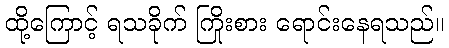
ထို့ကြောင့် ရသခိုက် ကြိုးစား ရောင်းနေရသည်။